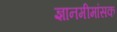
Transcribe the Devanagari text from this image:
ज्ञानमीमांसक